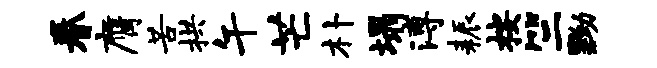
眷膺苦拱午芒朴塌溥耨按竺黝